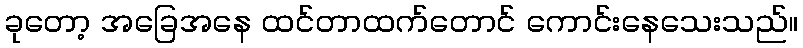
ခုတော့ အခြေအနေ ထင်တာထက်တောင် ကောင်းနေသေးသည်။